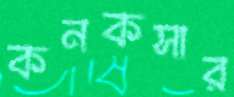
কনকসার